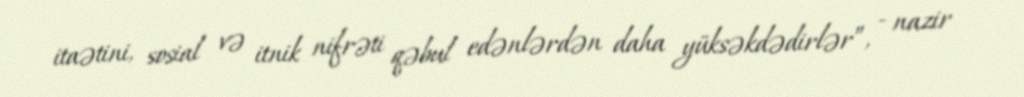
itaətini, sosial və itnik nifrəti qəbul edənlərdən daha yüksəkdədirlər”, - nazir